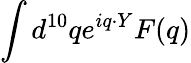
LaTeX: \int d^{10}qe^{iq\cdot Y}F(q)